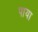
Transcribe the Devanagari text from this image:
पाया